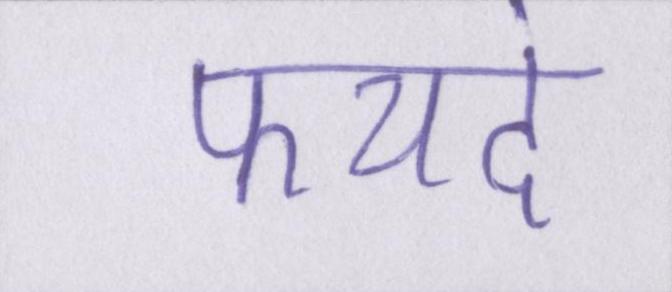
फयदे